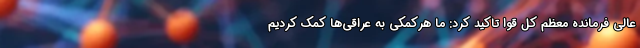
عالی فرمانده معظم کل قوا تاکید کرد: ما هرکمکی به عراقی‌ها کمک کردیم